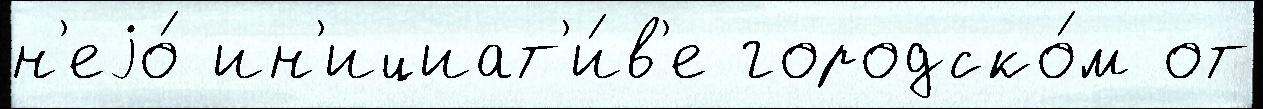
н'еjо́ ин'ициат'и́в'е городско́м от